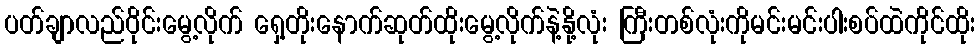
ပတ်ချာလည်ဝိုင်းမွေ့လိုက် ရှေ့တိုးနောက်ဆုတ်ထိုးမွေ့လိုက်နဲ့နို့လုံး ကြီးတစ်လုံးကိုမင်းမင်းပါးစပ်ထဲကိုင်ထိုး